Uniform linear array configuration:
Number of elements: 4
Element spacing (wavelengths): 1
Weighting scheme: blackman
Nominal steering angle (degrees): -45
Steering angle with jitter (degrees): -45.08
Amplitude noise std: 0.05
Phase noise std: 0.05

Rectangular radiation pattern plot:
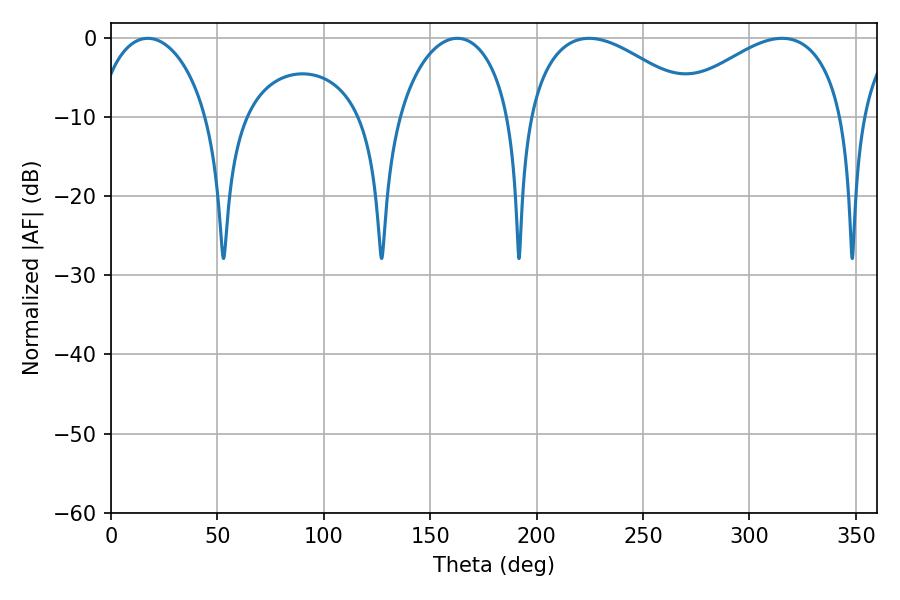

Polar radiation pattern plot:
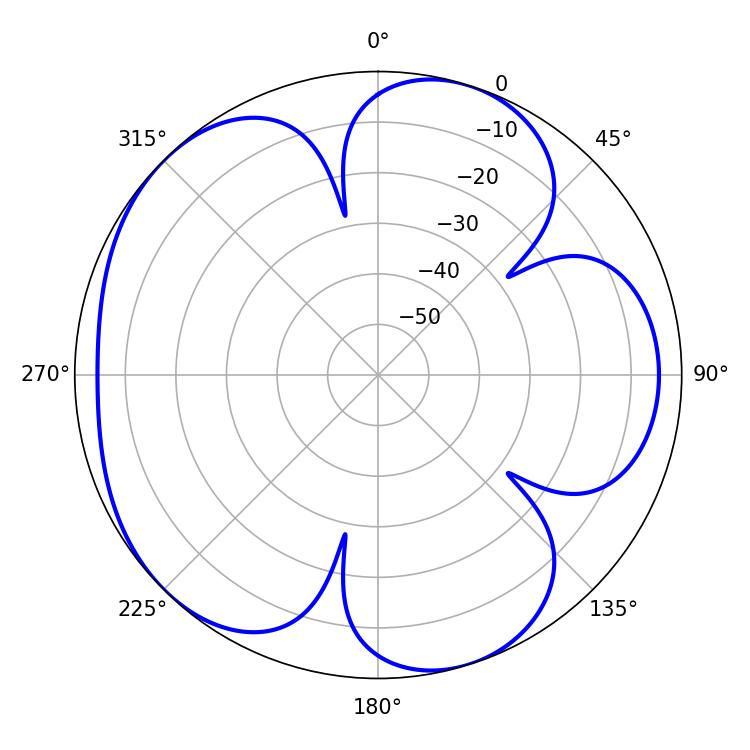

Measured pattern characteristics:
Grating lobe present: TRUE
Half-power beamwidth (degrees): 30.42
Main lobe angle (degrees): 17.28